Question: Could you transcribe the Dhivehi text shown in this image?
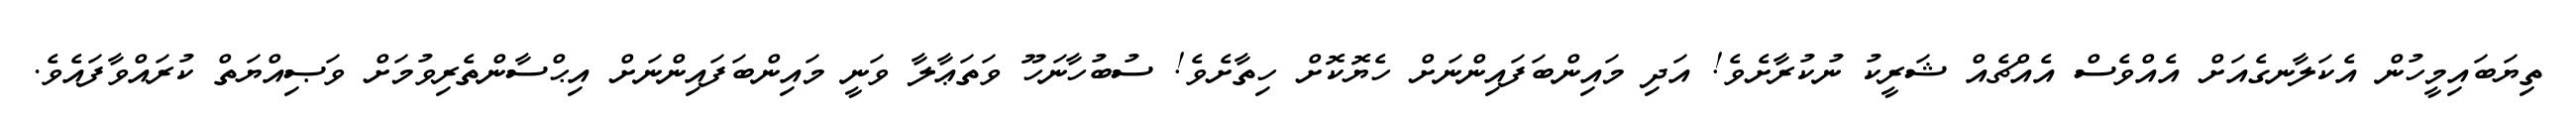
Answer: ތިޔަބައިމީހުން އެކަލާނގެއަށް އެއްވެސް އެއްޗެއް ޝަރީކު ނުކުރާށެވެ! އަދި މައިންބަފައިންނަށް ހެޔޮކޮށް ހިތާށެވެ! ސުބުހާނަހޫ ވަތަޢާލާ ވަނީ މައިންބަފައިންނަށް އިޙްސާންތެރިވުމަށް ވަޞިއްޔަތް ކުރައްވާފައެވެ.